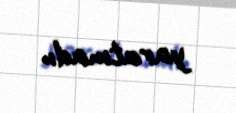
yaratmadı.